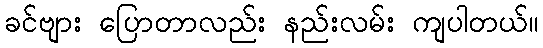
ခင်ဗျား ပြောတာလည်း နည်းလမ်း ကျပါတယ်။